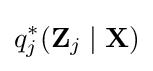
q_{j}^{*}(\mathbf {Z} _{j}\mid \mathbf {X} )